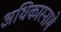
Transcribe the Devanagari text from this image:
अधिकारनामे